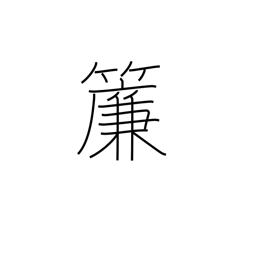
Meaning: rattan blind